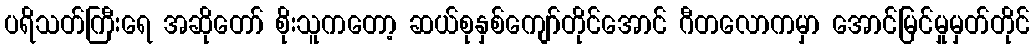
ပရိသတ်ကြီးရေ အဆိုတော် စိုးသူကတော့ ဆယ်စုနှစ်ကျော်တိုင်အောင် ဂီတလောကမှာ အောင်မြင်မှုမှတ်တိုင်